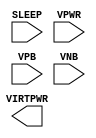
module sky130_fd_sc_lp__sleep_pargate_plv (
    VIRTPWR,
    SLEEP  ,
    VPWR   ,
    VPB    ,
    VNB
);

    output VIRTPWR;
    input  SLEEP  ;
    input  VPWR   ;
    input  VPB    ;
    input  VNB    ;
endmodule